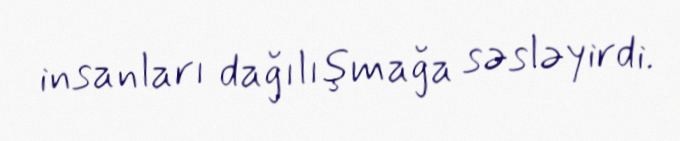
insanları dağılışmağa səsləyirdi.